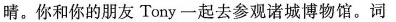
晴。你和你的朋友Tony-起去参观诸城博物馆。词